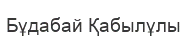
Бұдабай Қабылұлы